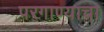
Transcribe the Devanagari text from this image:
परगाण्याचा